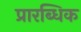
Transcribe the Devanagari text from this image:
प्रारब्धिक